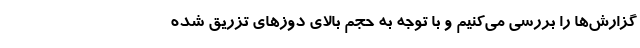
گزارش‌ها را بررسی می‌کنیم و با توجه به حجم بالای دوزهای تزریق شده